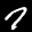
Label: 7